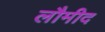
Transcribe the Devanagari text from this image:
लौमीद